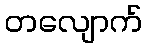
တလျောက်